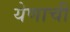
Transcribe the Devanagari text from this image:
येणाची